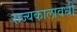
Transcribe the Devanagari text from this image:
राज्यकालावधी